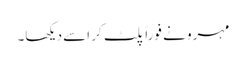
مہرو نے فوراً پلٹ کر اسے دیکھا۔